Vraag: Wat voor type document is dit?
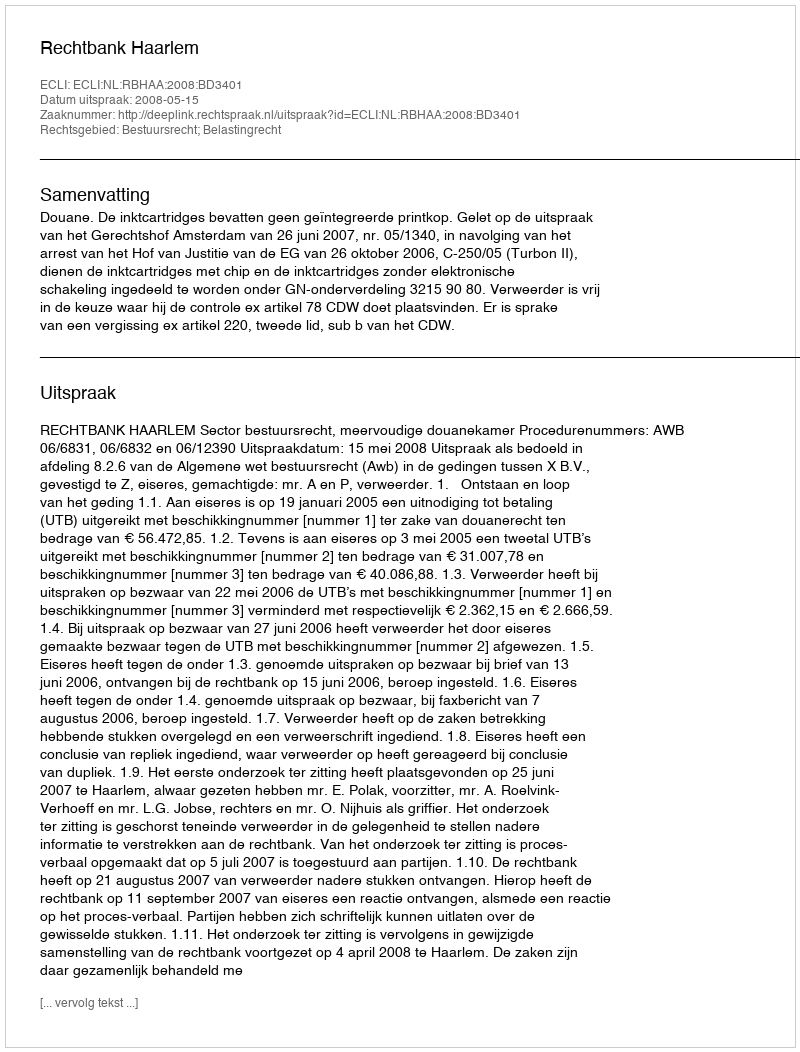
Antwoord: Uitspraak